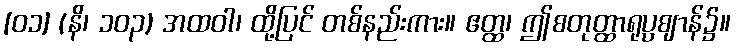
[၀၁] (နိ၊ ၁၀၃) အထဝါ၊ ထို့ပြင် တစ်နည်းကား။ ဧတ္ထ၊ ဤစတုတ္ထာရုပ္ပဈာန်၌။